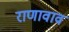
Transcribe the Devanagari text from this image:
राणावाव